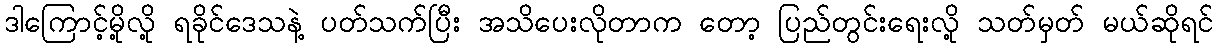
ဒါကြောင့်မို့လို့ ရခိုင်ဒေသနဲ့ ပတ်သက်ပြီး အသိပေးလိုတာက တော့ ပြည်တွင်းရေးလို့ သတ်မှတ် မယ်ဆိုရင်